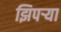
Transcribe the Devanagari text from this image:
झिपर्‍या